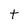
Character: t